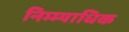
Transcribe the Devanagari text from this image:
निम्म्याधिक